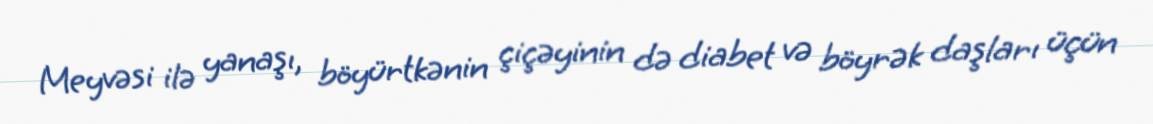
Meyvəsi ilə yanaşı, böyürtkənin çiçəyinin də diabet və böyrək daşları üçün